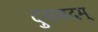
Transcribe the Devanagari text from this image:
दुरासदम्